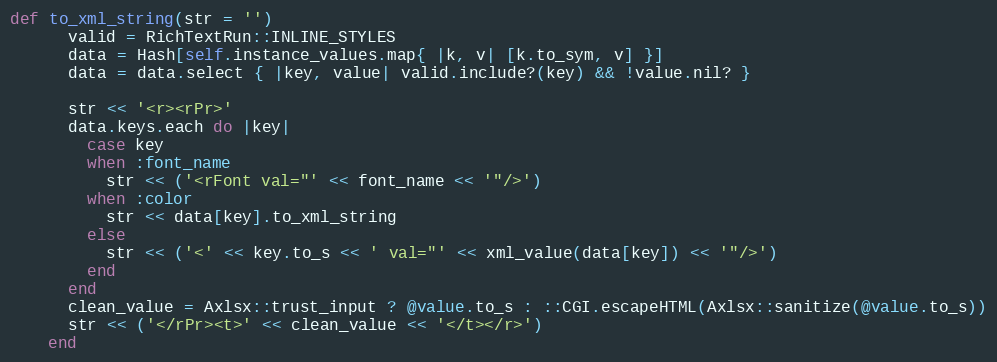
Language: Ruby
def to_xml_string(str = '')
      valid = RichTextRun::INLINE_STYLES
      data = Hash[self.instance_values.map{ |k, v| [k.to_sym, v] }]
      data = data.select { |key, value| valid.include?(key) && !value.nil? }

      str << '<r><rPr>'
      data.keys.each do |key|
        case key
        when :font_name
          str << ('<rFont val="' << font_name << '"/>')
        when :color
          str << data[key].to_xml_string
        else
          str << ('<' << key.to_s << ' val="' << xml_value(data[key]) << '"/>')
        end
      end
      clean_value = Axlsx::trust_input ? @value.to_s : ::CGI.escapeHTML(Axlsx::sanitize(@value.to_s))
      str << ('</rPr><t>' << clean_value << '</t></r>')
    end